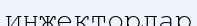
инжекторлар